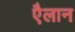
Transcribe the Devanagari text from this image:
एैलान